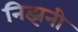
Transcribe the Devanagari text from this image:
निझनी